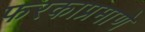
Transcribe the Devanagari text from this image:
फरकाप्रमाणे